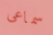
سماعى